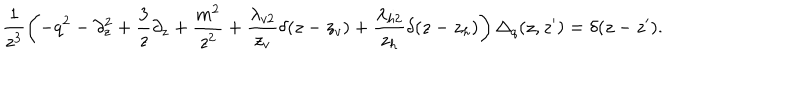
LaTeX: \frac { 1 } { z ^ { 3 } } \left( - q ^ { 2 } - \partial _ { z } ^ { 2 } + \frac { 3 } { z } \partial _ { z } + \frac { m ^ { 2 } } { z ^ { 2 } } + \frac { \lambda _ { v 2 } } { z _ { v } } \delta ( z - z _ { v } ) + \frac { \lambda _ { h 2 } } { z _ { h } } \delta ( z - z _ { h } ) \right) \Delta _ { q } ( z , z ^ { \prime } ) = \delta ( z - z ^ { \prime } ) .